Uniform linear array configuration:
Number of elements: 8
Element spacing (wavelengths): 0.5
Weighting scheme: cosine
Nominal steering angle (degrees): -45
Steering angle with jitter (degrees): -43.624
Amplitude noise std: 0.05
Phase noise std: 0.05

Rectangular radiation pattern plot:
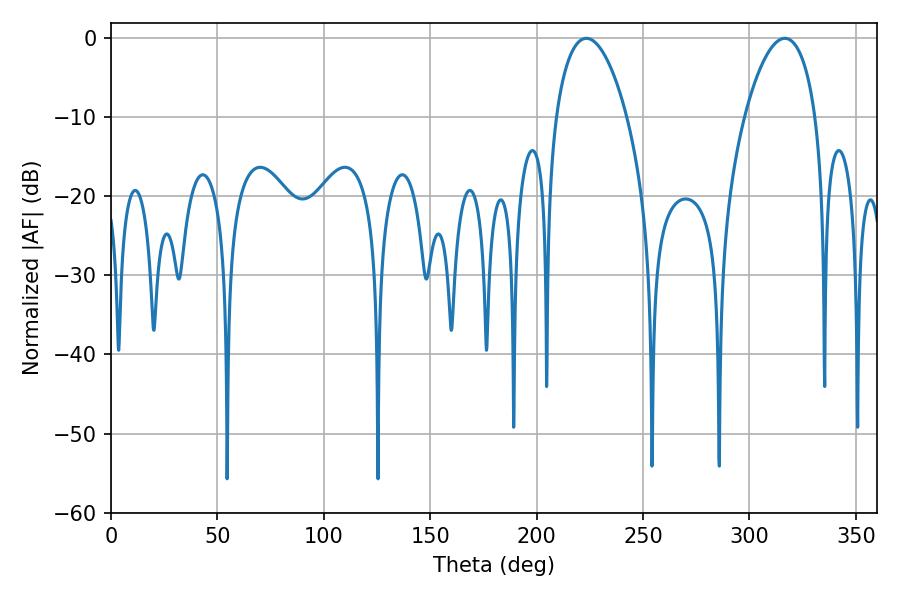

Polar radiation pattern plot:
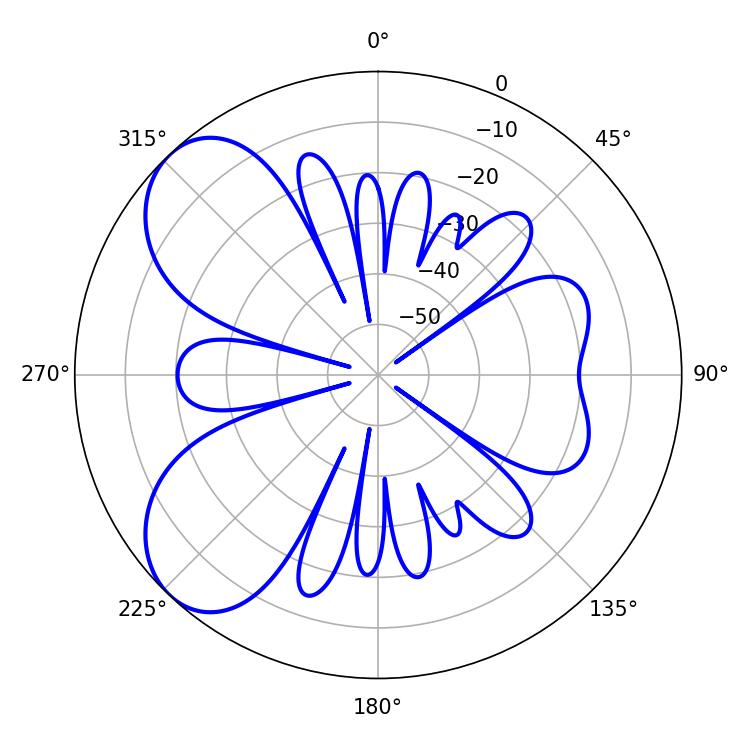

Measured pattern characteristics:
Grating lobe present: FALSE
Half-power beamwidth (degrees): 18.72
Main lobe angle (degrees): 223.38